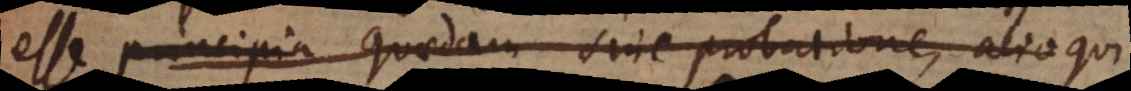
esse principia quaedam sine probatione, alioqui